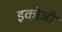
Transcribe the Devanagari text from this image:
इकोजी